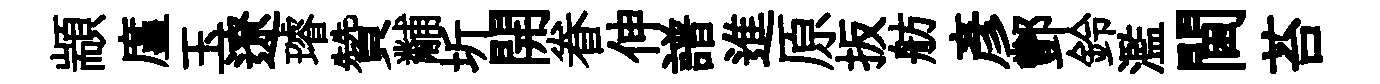
顓廑玉遼璿贊黼圻開眷伸譜進原扳舫彥酆鈴濫閫苔